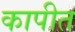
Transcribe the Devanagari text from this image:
कापीत